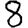
Digit: 8